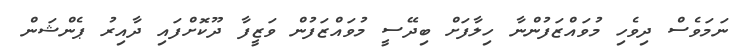
ނަމަވެސް ދިވެހި މުވައްޒަފުންނާ ހިލާފަށް ބިދޭސީ މުވައްޒަފުން ވަޒީފާ ދޫކޮށްފައި ދާއިރު ޕެންޝަން